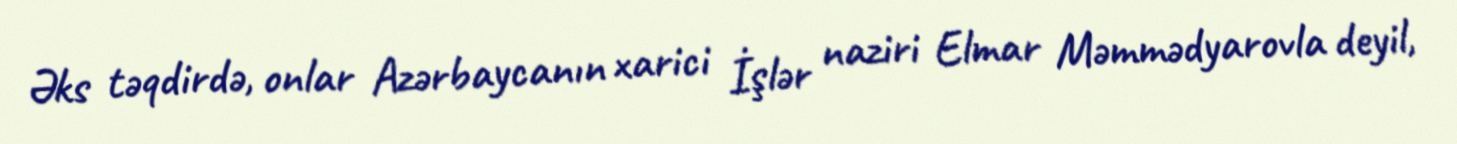
Əks təqdirdə, onlar Azərbaycanın xarici İşlər naziri Elmar Məmmədyarovla deyil,